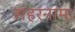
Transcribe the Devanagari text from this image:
शहरनामा